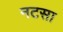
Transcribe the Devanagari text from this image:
नटसा